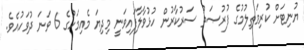
ޔުނިޓަށް ކުރިމަތިލުމުގެ ފުރުޞަތު ސަރުކާރުން ހުޅުވާލާފައިވަނީ މިދިޔަ މެއިމަހުގެ 6 ވަނަ ދުވަހުއެވެ.